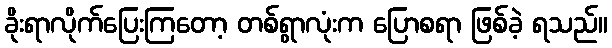
ခိုးရာလိုက်ပြေးကြတော့ တစ်ရွာလုံးက ပြောစရာ ဖြစ်ခဲ့ ရသည်။